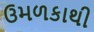
ઉમળકાથી